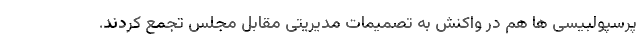
پرسپولبیسی ها هم در واکنش به تصمیمات مدیریتی مقابل مجلس تجمع کردند.